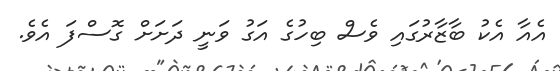
އެއާ އެކު ބާޒާރުގައި ވެސް ބިހުގެ އަގު ވަނީ ދަށަށް ގޮސްފަ އެވެ.